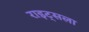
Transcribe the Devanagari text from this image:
राइट्सला